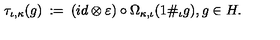
\tau _ { \iota , \kappa } ( g ) \: : = \: ( i d \otimes \varepsilon ) \circ \Omega _ { \kappa , \iota } ( 1 \# _ { \iota } g ) , g \in H .